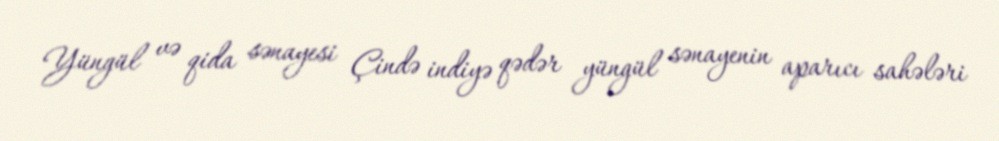
Yüngül və qida sənayesi Çində indiyə qədər yüngül sənayenin aparıcı sahələri